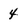
Character: 4